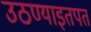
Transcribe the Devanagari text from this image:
उठण्याइतपत